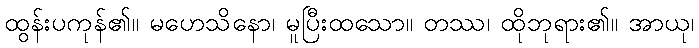
ထွန်းပကုန်၏။ မဟေသိနော၊ မူပြီးထသော။ တဿ၊ ထိုဘုရား၏။ အာယု၊